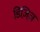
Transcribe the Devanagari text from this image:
डिज़िज़